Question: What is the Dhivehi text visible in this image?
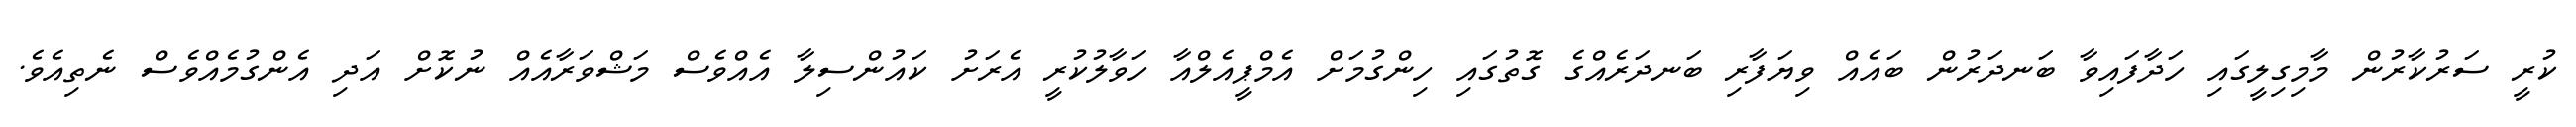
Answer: ކުރީ ސަރުކާރުން މާމިގިލީގައި ހަދާފައިވާ ބަނދަރުން ބައެއް ވިޔަފާރި ބަނދަރެއްގެ ގޮތުގައި ހިންގުމަށް އެމްޕީއެލްއާ ހަވާލުކުރީ އެރަށު ކައުންސިލާ އެއްވެސް މަޝްވަރާއެއް ނުކޮށް އަދި އެންގުމެއްވެސް ނެތިއެވެ.